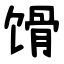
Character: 馉